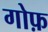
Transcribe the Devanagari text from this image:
गोफ़